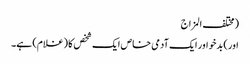
(مختلف المزاج
اور) بدخو اور ایک آدمی خاص ایک شخص کا (غلام) ہے۔